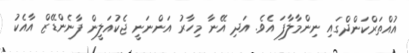
އުއްތަރްކަންދްގައި ނިންމާލާފަ އެވެ. އަދި އޭނާ މިހާރު އަންނަނީ ޖެކުއަލީން ފާނެންޑޭޒް އާއެކު